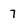
Character: 7